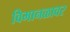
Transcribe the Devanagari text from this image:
विमानळावर